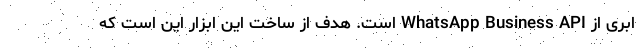
ابری از WhatsApp Business API است. هدف از ساخت این ابزار این است که